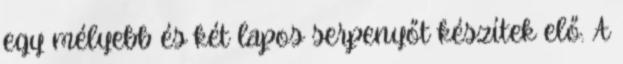
egy mélyebb és két lapos serpenyőt készítek elő. A